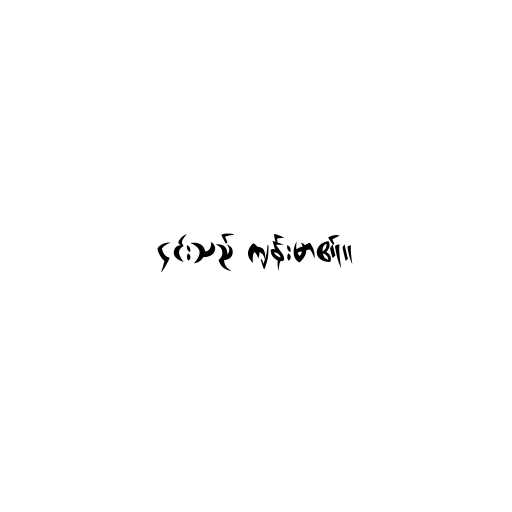
၎င်းသည် ကျန်းမာ၏။